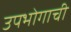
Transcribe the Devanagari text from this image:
उपभोगाची